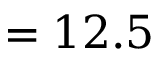
= 1 2 . 5